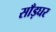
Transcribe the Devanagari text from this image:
साँड़घर